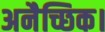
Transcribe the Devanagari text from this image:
अनैच्छिक।